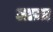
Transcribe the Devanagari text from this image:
लाज़ा